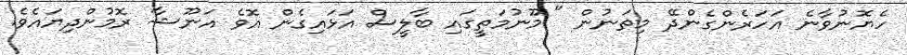
ހެޔޮނުވާނެ އަހަރެންގެންދޭ މިތަނުން " މޫނުމަތީގައި ބާލީސް އަޅައިގެން އޮވެ އަނޫޝާ ރޮމުންދިޔައެވެ.